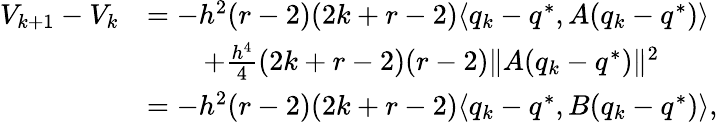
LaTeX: \begin{array}{rl}{V_{k+1}-V_{k}}&{=-h^{2}(r-2)(2k+r-2)\langle q_{k}-q^{*},A(q_{k}-q^{*})\rangle}\\ &{\quad\quad+\frac{h^{4}}{4}(2k+r-2)(r-2)\| A(q_{k}-q^{*})\| ^{2}}\\ &{=-h^{2}(r-2)(2k+r-2)\langle q_{k}-q^{*},B(q_{k}-q^{*})\rangle,}\end{array}